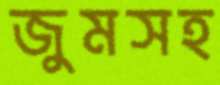
জুমসহ